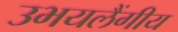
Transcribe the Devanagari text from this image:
उभयलैंगीय